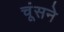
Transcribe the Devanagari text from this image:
चूंसने